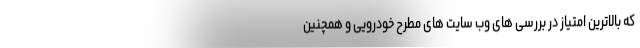
که بالاترین امتیاز در بررسی های وب سایت های مطرح خودرویی و همچنین